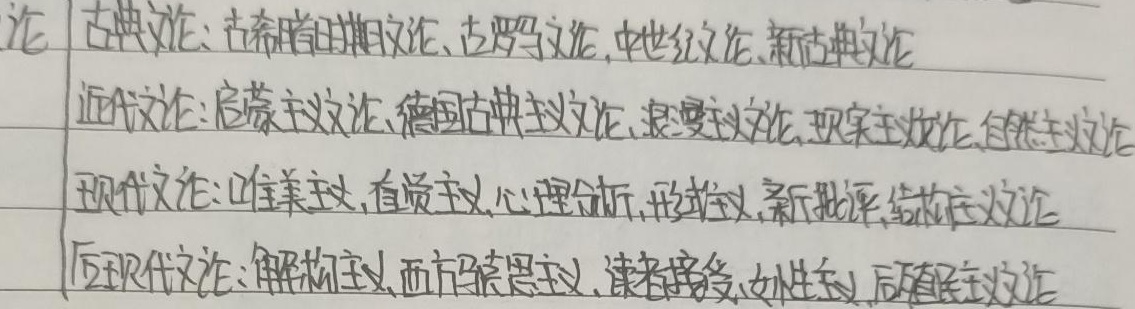
论古典文论：古希腊时期文论、古罗马文论、中世纪文论、新古典文论
近代文论：启蒙主义文论、德国古典主义文论、浪漫主义文论、现实主义文论、自然主义文论
现代文论：唯美主义、直觉主义、心理分析、形式主义、新批评、结构主义文论
后现代文论：解构主义、西方马克思主义、读者接受、女性主义、后殖民主义文论